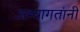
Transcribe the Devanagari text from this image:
अभ्यागतांनी